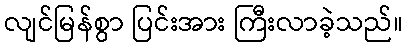
လျင်မြန်စွာ ပြင်းအား ကြီးလာခဲ့သည်။